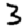
Digit: 3